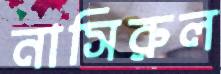
নাসিরুল